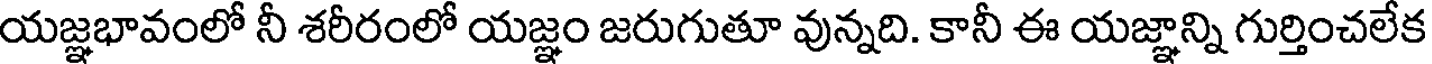
యజ్ఞభావంలో నీ శరీరంలో యజ్ఞం జరుగుతూ వున్నది. కానీ ఈ యజ్ఞాన్ని గుర్తించలేక